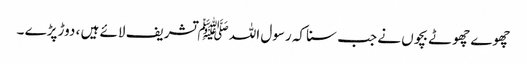
چھوے چھوٹے بچوں نے جب سنا کہ رسول اللہ ﷺ تشریف لائے ہیں ، دوڑ پڑے ۔